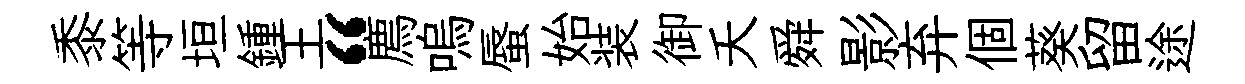
黍等垣鍾王“廌嗚蜃始装御夭舜影弃個葵留途